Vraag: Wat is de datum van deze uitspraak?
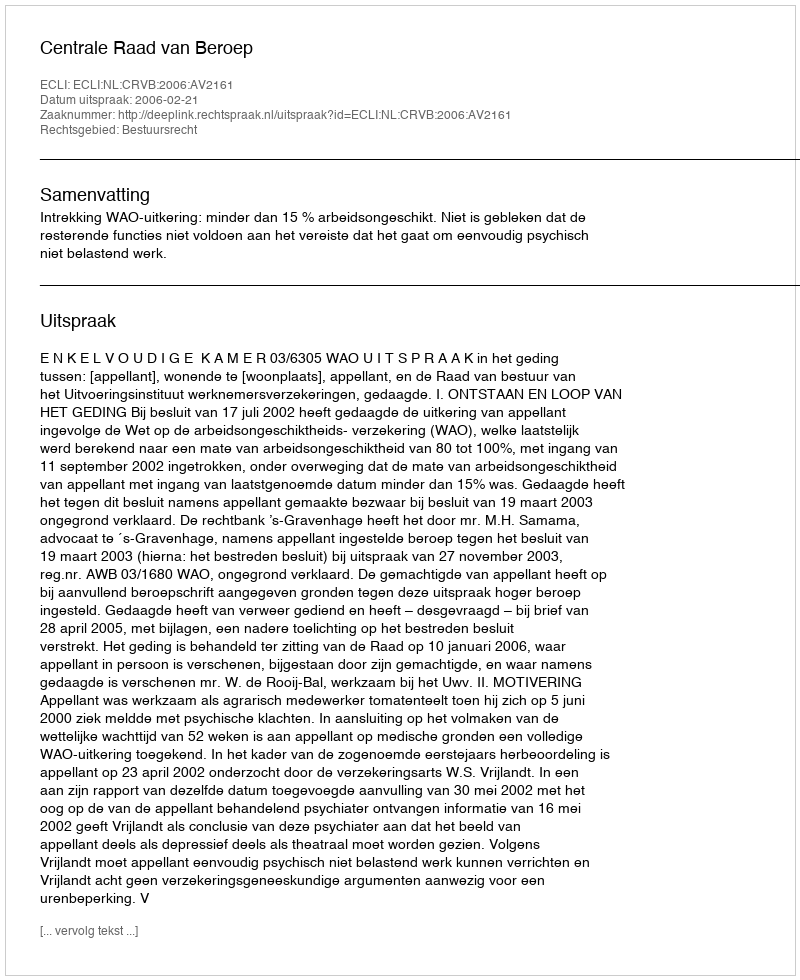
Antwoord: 2006-02-21